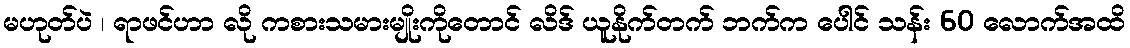
မဟုတ်ပဲ ၊ ရာဖင်ဟာ လို ကစားသမားမျိုးကိုတောင် လိဒ် ယူနိုက်တက် ဘက်က ပေါင် သန်း 60 လောက်အထိ